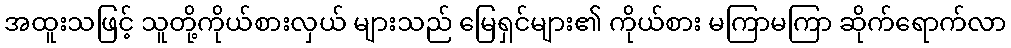
အထူးသဖြင့် သူတို့ကိုယ်စားလှယ် များသည် မြေရှင်များ၏ ကိုယ်စား မကြာမကြာ ဆိုက်ရောက်လာ